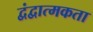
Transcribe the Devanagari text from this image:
द्वंद्वात्मकता